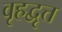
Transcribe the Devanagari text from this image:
वृहद्वृत्त